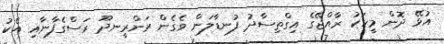
އުޅޭ ދޮން މީހަކު ރާއްޖޭގެ އިގްތިސާދު ފުނޑާލަން ވެގެން ރަންރީނދޫ ރަސްގެފާނާއި އެކު